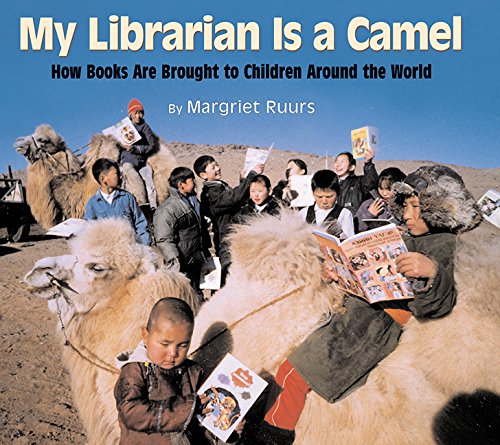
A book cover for My Librarian Is a Camel: How Books Are Brought to Children Around the World; Margriet Ruurs; Children's Books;